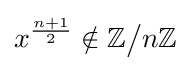
x^{n+1 \over 2}\notin \mathbb {Z} {\big /}n\mathbb {Z}